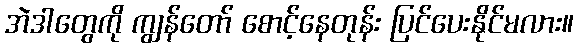
အဲဒါတွေကို ကျွန်တော် စောင့်နေတုန်း ပြင်ပေးနိုင်မလား။